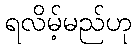
ရလိမ့်မည်ဟု